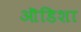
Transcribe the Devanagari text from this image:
ऒडिशा